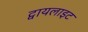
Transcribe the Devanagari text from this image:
ट्वायलाइट